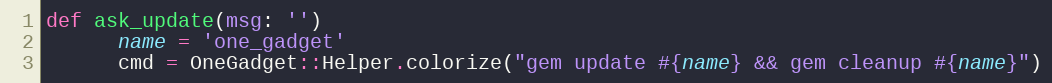
Language: Ruby
def ask_update(msg: '')
      name = 'one_gadget'
      cmd = OneGadget::Helper.colorize("gem update #{name} && gem cleanup #{name}")